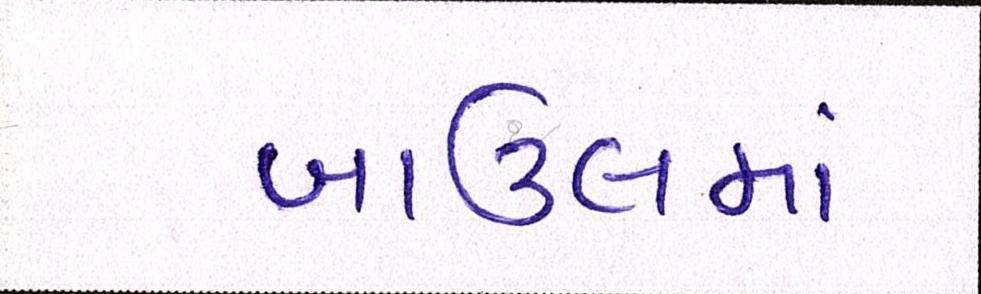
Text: બાઉલમાં